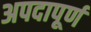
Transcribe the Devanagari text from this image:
अपदापूर्ण